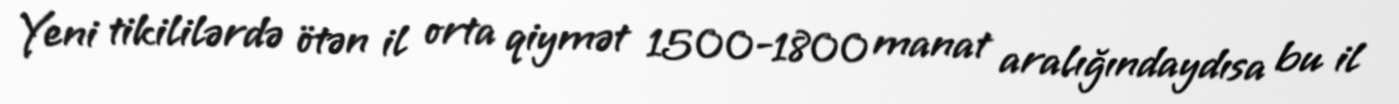
Yeni tikililərdə ötən il orta qiymət 1500-1800 manat aralığındaydısa bu il